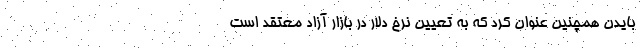
بایدن همچنین عنوان کرد که به تعیین نرخ دلار در بازار آزاد معتقد است